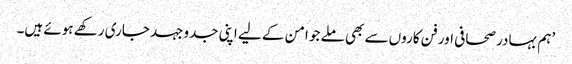
’ہم بہادر صحافی اور فن کاروں سے بھی ملے جو امن کے لیے اپنی جدوجہد جاری رکھے ہوئے ہیں۔